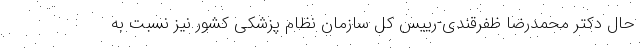
حال دکتر محمدرضا ظفرقندی-رییس کل سازمان نظام پزشکی کشور نیز نسبت به